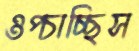
ওপ্‌চাচ্ছিস